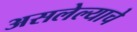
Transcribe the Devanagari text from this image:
असलेल्याचे